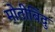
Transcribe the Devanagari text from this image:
मोतीबिंदु